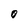
Character: O